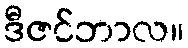
ဒီဇင်ဘာလ။